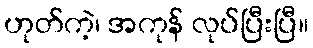
ဟုတ်ကဲ့၊ အကုန် လုပ်ပြီးပြီ။